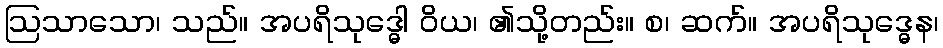
ဩသာသော၊ သည်။ အပရိသုဒ္ဓေါ ဝိယ၊ ၏သို့တည်း။ စ၊ ဆက်။ အပရိသုဒ္ဓေန၊